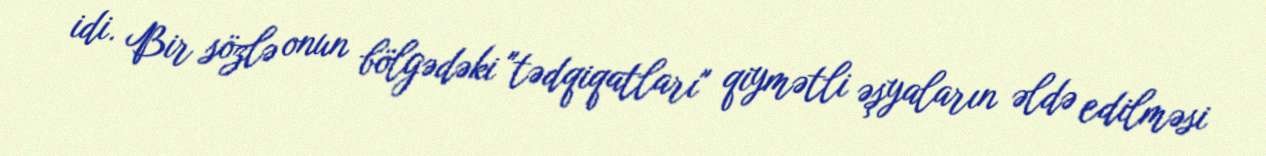
idi. Bir sözlə onun bölgədəki "tədqiqatları" qiymətli əşyaların əldə edilməsi